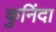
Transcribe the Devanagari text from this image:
कुनिंदा